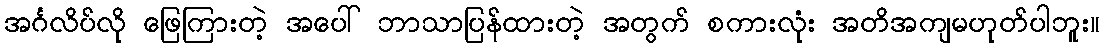
အင်္ဂလိပ်လို ဖြေကြားတဲ့ အပေါ် ဘာသာပြန်ထားတဲ့ အတွက် စကားလုံး အတိအကျမဟုတ်ပါဘူး။